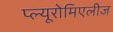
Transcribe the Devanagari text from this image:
प्ल्यूरोमिएलीज